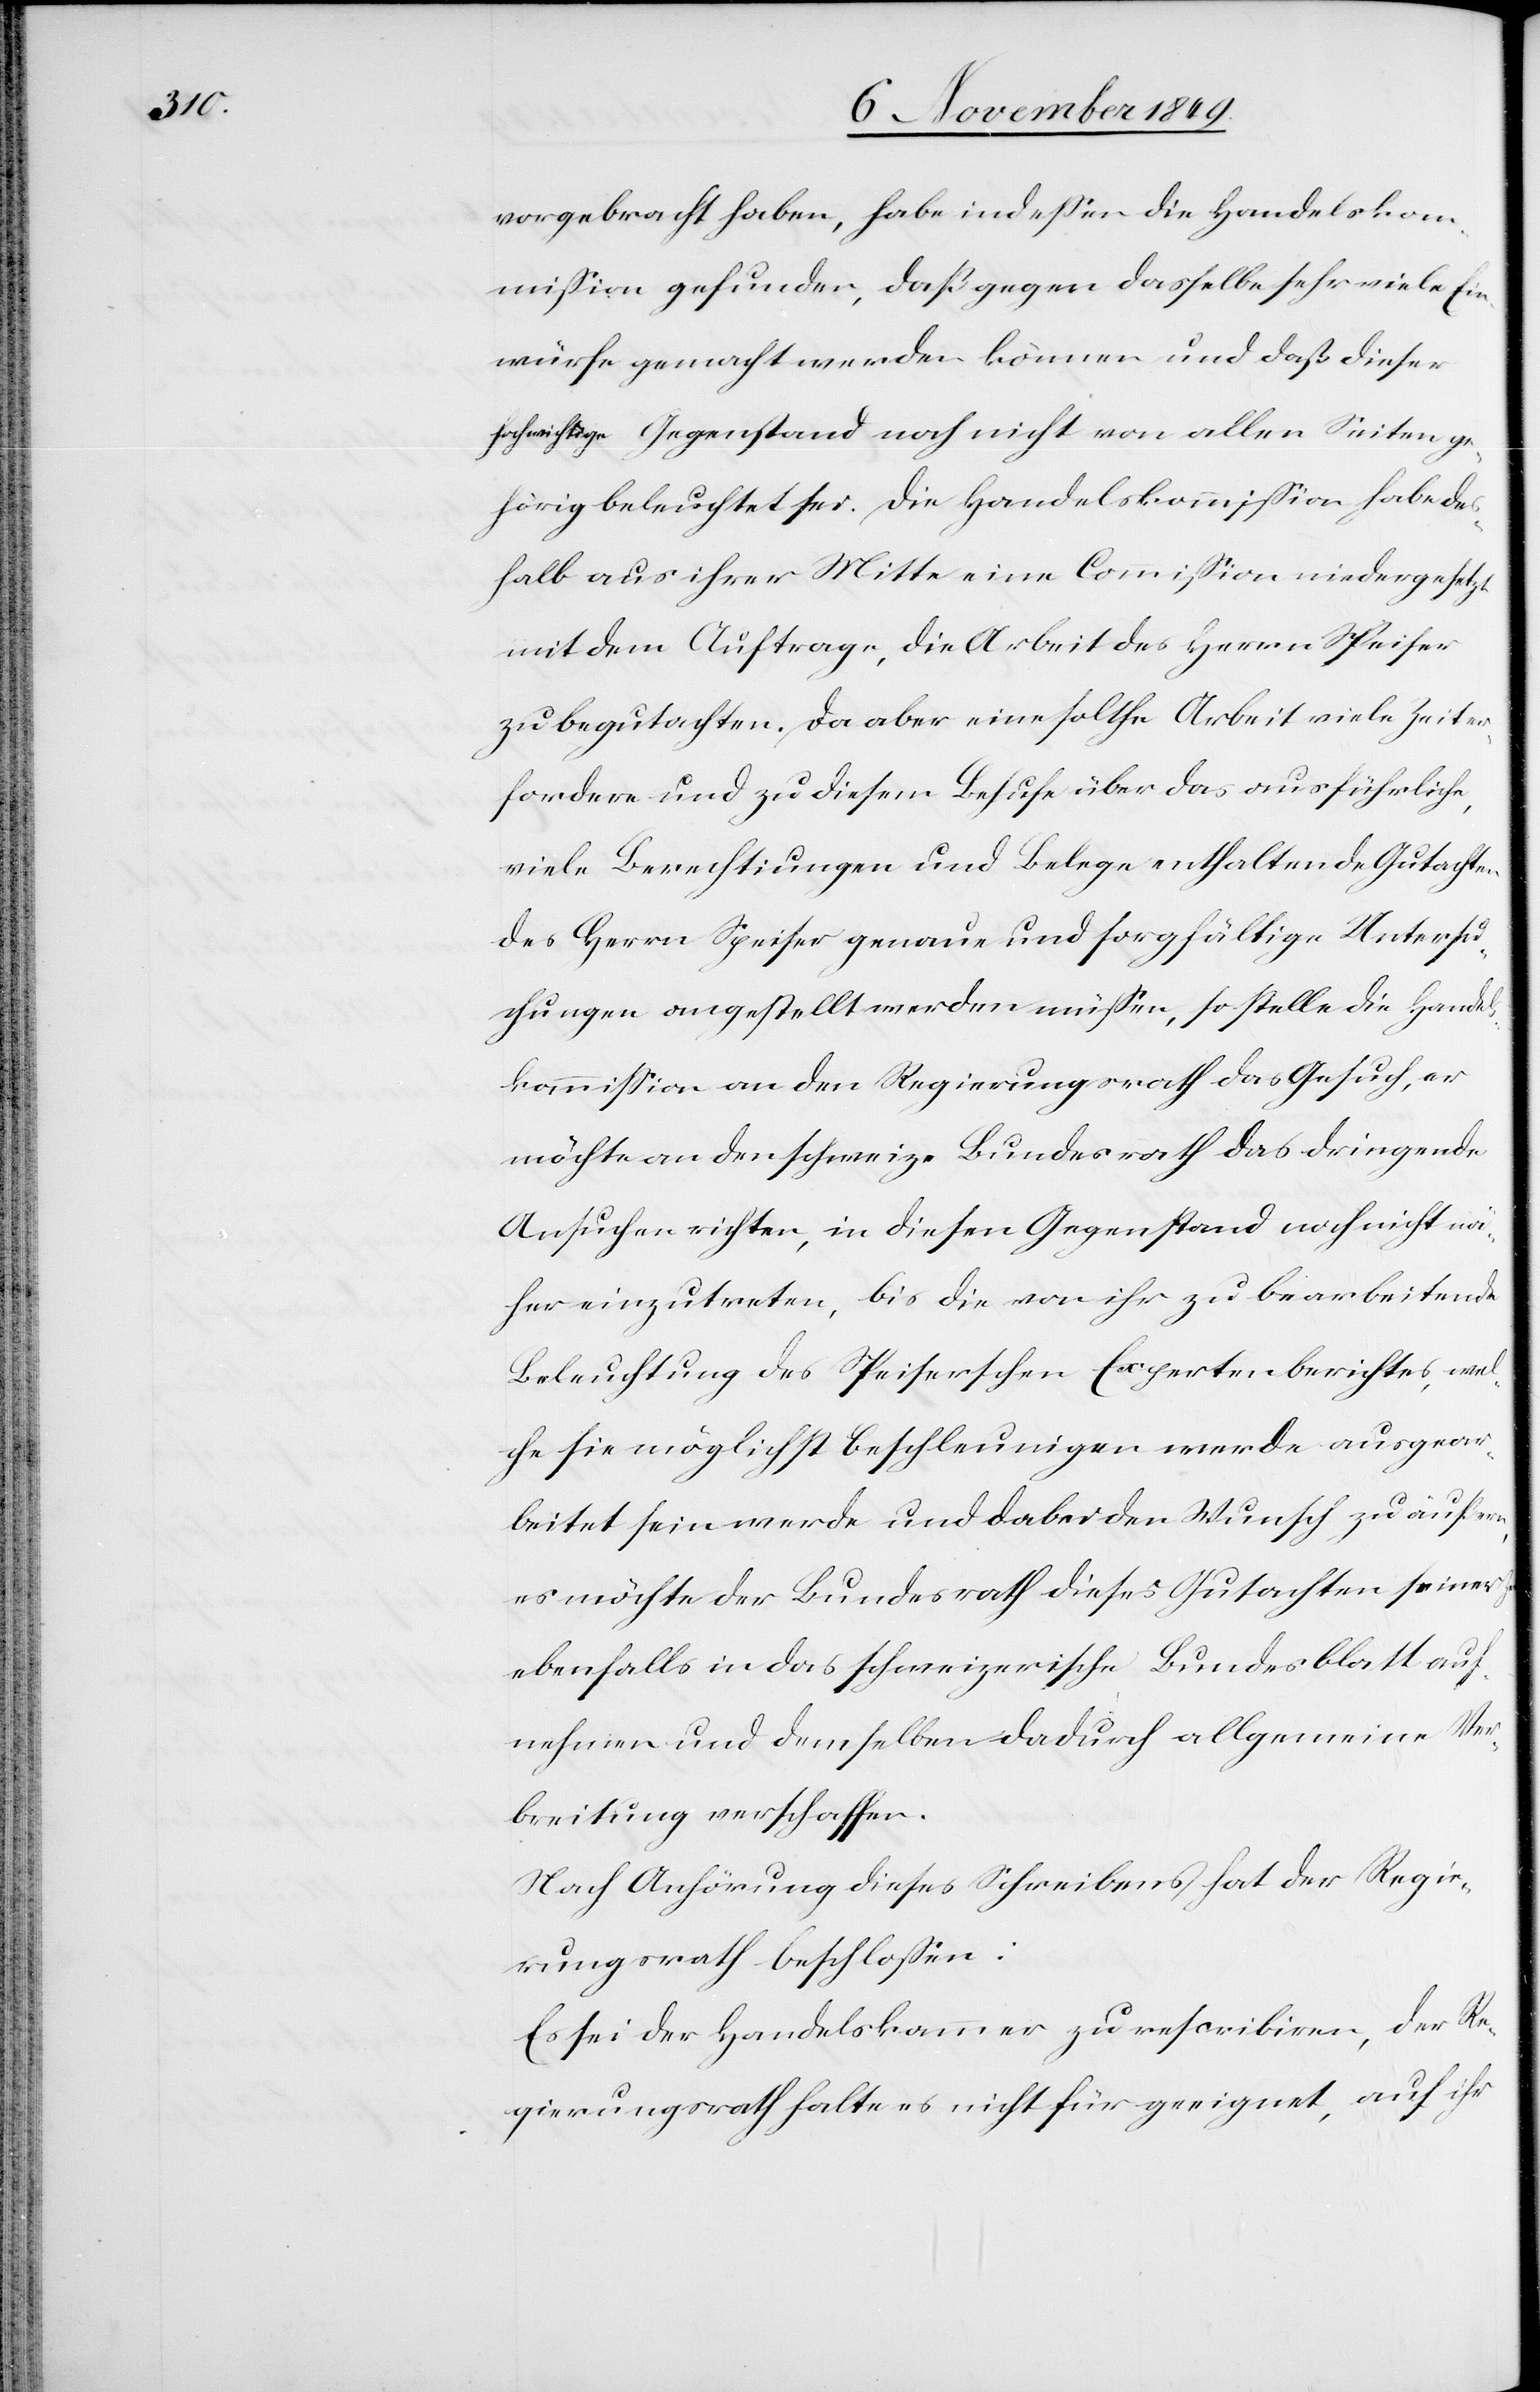
vorgebracht haben, habe indeßen die Handelskom¬
mißion gefunden, daß gegen dasselbe sehr viele Ein¬
würfe gemacht werden können und daß dieser
hochwichtige Gegenstand noch nicht von allen Seiten ge¬
hörig beleuchtet sei. Die Handelskommißion habe des¬
halb aus ihrer Mitte eine Commißion niedergesetzt
mit dem Auftrage, die Arbeit des Herren Speiser
zu begutachten. Da aber eine solche Arbeit viele Zeit er¬
fordere und zu diesem Behufe über das ausführliche,
viele Berechtigungen und Belege enthaltende Gutachten
des Herrn Speiser genau und sorgfältige Untersu¬
chungen angestellt werden müßen, so stelle die Handel¬
skommißion an den Regierungsrath das Gesuch, er
möchte an den schweiz. Bundesrath das dringende
Beleuchtung des Speiserschen Expertenberichtes, wel¬
che sie möglichst beschleunigen werde ausgear¬
beitet sein werde [sic!] und dabei den Wunsch zu äußern,
es möchte der Bundesrath dieses Gutachten seiner
ebenfalls in das schweizerische Bundesblatt auf¬
nehmen und demselben dadurch allgemeine Verar¬
beitung verschaffen.
Nach Anhörung dieses Schreibens hat der Regie¬
rungsrath beschloßen:
Es sei der Handelskammer zu rescribiren, der Re¬
gierungsrath halte es nicht für geeignet, auf ihr